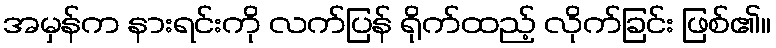
အမှန်က နားရင်းကို လက်ပြန် ရိုက်ထည့် လိုက်ခြင်း ဖြစ်၏။